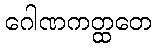
ဂေါဏကတ္ထတေ